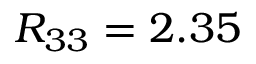
R _ { 3 3 } = 2 . 3 5